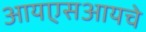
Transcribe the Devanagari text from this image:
आयएसआयचे